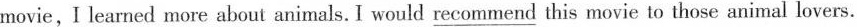
movie,I learned more about animals. I would \underline{recommend} this movie to those animal lovers.